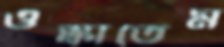
ওস্‌কাতেম